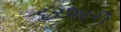
દરશારી